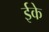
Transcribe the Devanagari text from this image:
ईके